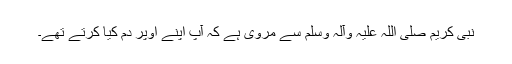
نبی کریم صلی اللہ علیہ وآلہ وسلم سے مروی ہے کہ آپ اپنے اوپر دم کیا کرتے تھے۔